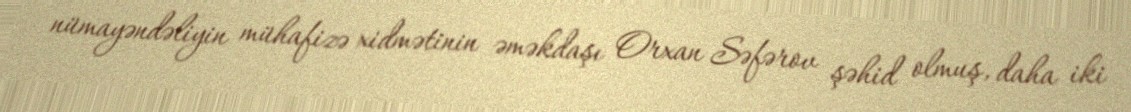
nümayəndəliyin mühafizə xidmətinin əməkdaşı Orxan Səfərov şəhid olmuş, daha iki